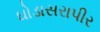
ઘોડાસરાપીર